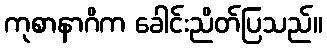
ကုစာနာဂိက ခေါင်းညိတ်ပြသည်။